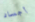
أجساد